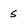
Character: s